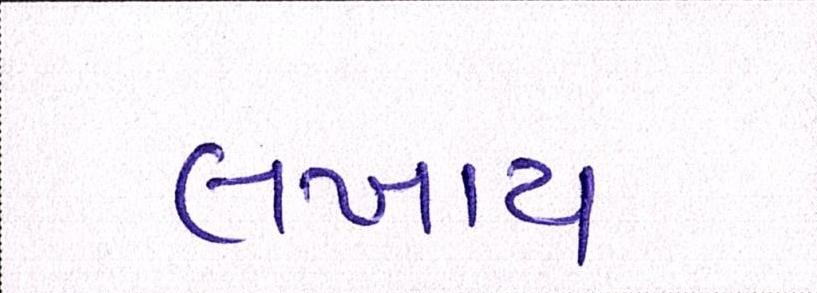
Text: લખાય